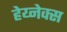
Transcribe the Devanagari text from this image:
हेय्नेक्स